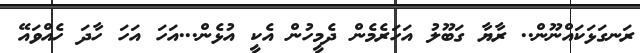
ރަނގަޅަކައްނޫން.. ރާޔާ ގަބޫލު އަހަރެމެން ދެމީހުން އެކީ އުޅެން...އަހަ އަހަ ހާދަ ހެއްވައޭ